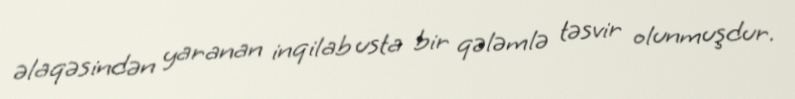
əlaqəsindən yaranan inqilab usta bir qələmlə təsvir olunmuşdur.